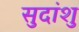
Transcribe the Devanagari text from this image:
सुदांशु